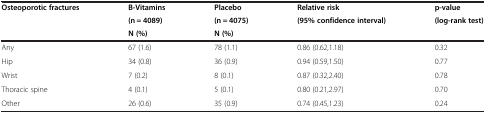
<table><thead><tr><td rowspan="3"><b>Osteoporotic fractures</b></td><td><b>B-Vitamins</b></td><td><b>Placebo</b></td><td><b>Relative risk</b></td><td><b>p-value</b></td></tr><tr><td><b>(n = 4089)</b></td><td><b>(n = 4075)</b></td><td><b>(95% confidence interval)</b></td><td><b>(log-rank test)</b></td></tr><tr><td><b>N (%)</b></td><td><b>N (%)</b></td><td><b> </b></td><td><b> </b></td></tr></thead><tbody><tr><td>Any</td><td>67 (1.6)</td><td>78 (1.1)</td><td>0.86 (0.62,1.18)</td><td>0.32</td></tr><tr><td>Hip</td><td>34 (0.8)</td><td>36 (0.9)</td><td>0.94 (0.59,1.50)</td><td>0.77</td></tr><tr><td>Wrist</td><td>7 (0.2)</td><td>8 (0.1)</td><td>0.87 (0.32,2.40)</td><td>0.78</td></tr><tr><td>Thoracic spine</td><td>4 (0.1)</td><td>5 (0.1)</td><td>0.80 (0.21,2.97)</td><td>0.70</td></tr><tr><td>Other</td><td>26 (0.6)</td><td>35 (0.9)</td><td>0.74 (0.45,1.23)</td><td>0.24</td></tr></tbody></table>